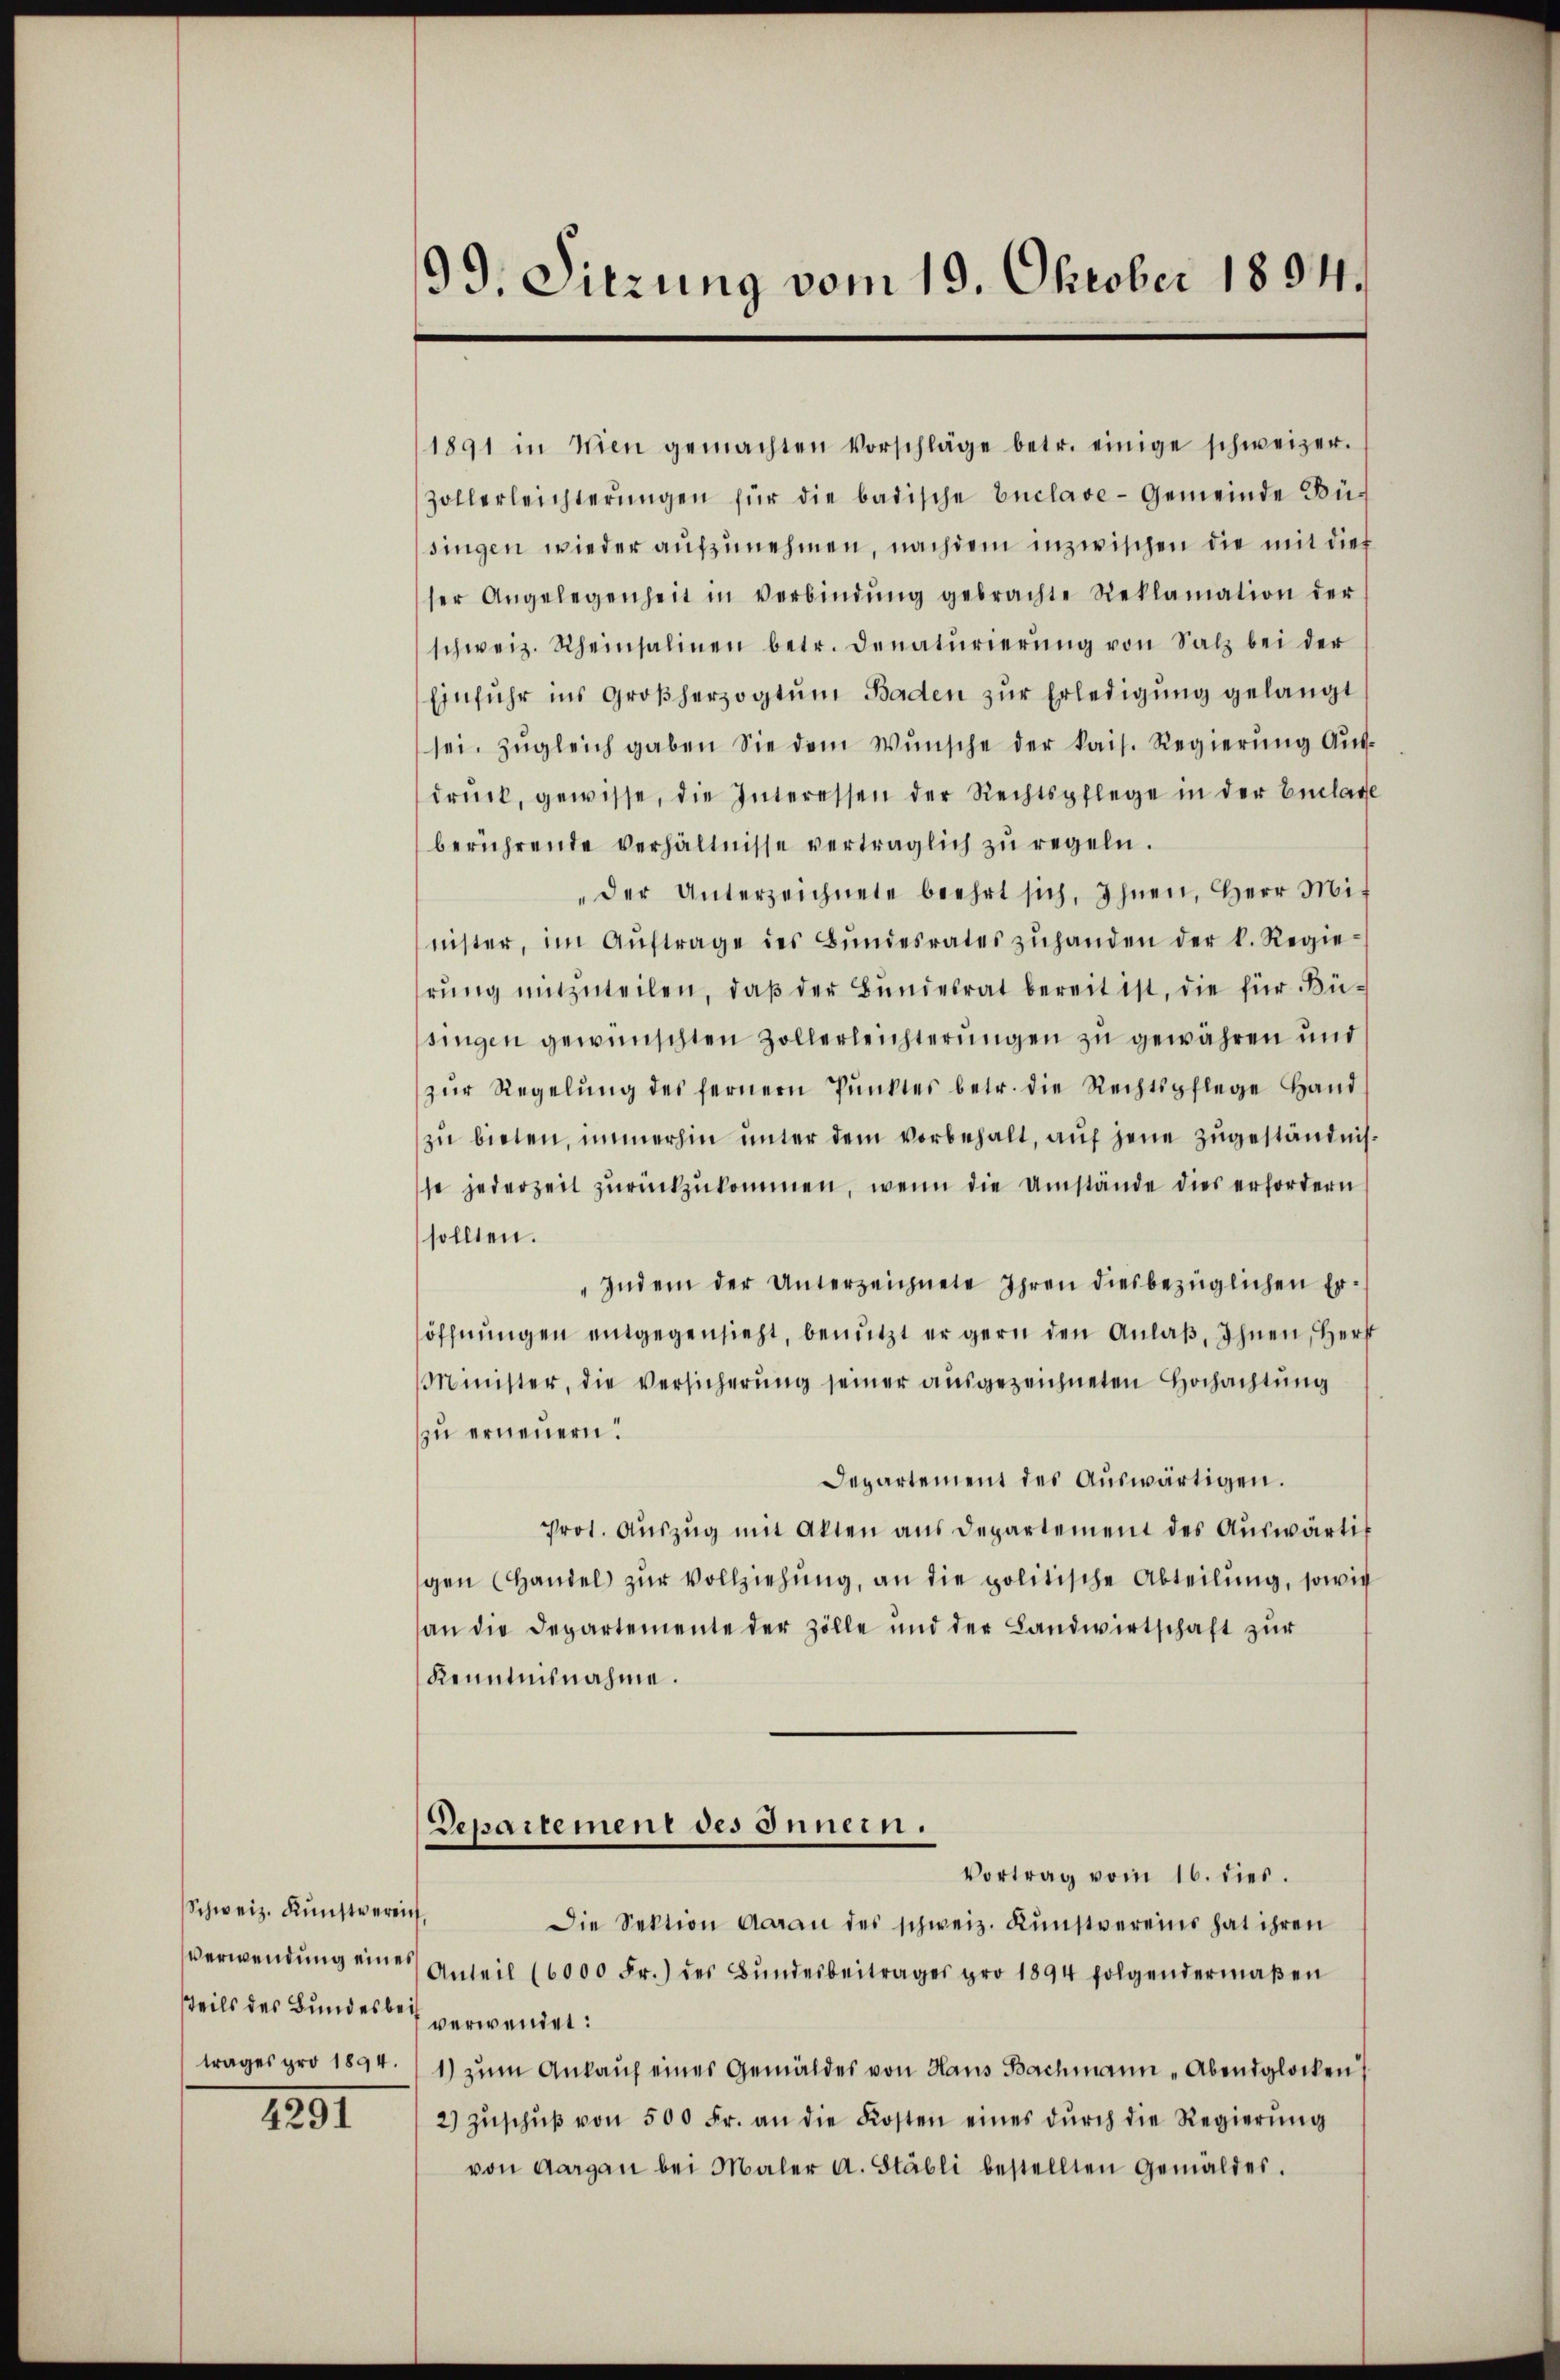
Schweiz. Kŭnstvereich,
teils des Bundes bei verwendet:
trages pro 1894.

1291

99. Sitzung vom 19. Oktober 1894.

1891 in Wien gemachten Vorschläge betr. einige schweizer.
Zollerleichterŭngen für die badische Enclave-Gemeinde Büsingen wieder aufzunehmen, nachdem inzwischen die mit dies
ser Angelegenheit in Verbindŭng gebrachte Reklamation der
schweiz. Scheinsalinen betr. denaturierŭng von Salz bei der
Einfuhr ins Großherzogtŭm Baden zŭr Erledigung gelangt
sei. Zŭgleich gaben Sie dem Wŭnsche der kais. Regierŭng Aŭs-
drŭck, gewisse, die Interessen der Rechtspflege in der Entlage
berührende Verhältnisse verträglich zŭ regeln.
"der Unterzeichnete beehrt sich, Ihnen, Herr Mis
nister, im Aŭftrage des Bŭndesrates zŭhanden der k. Regie-
hrung mitzuteilen, daß der Bundesrat bereit ist, die für Büsingen gewünschten Zollerleichterungen zu gewähren und
zŭr Regelŭng des fernern Pŭnktes betr. die Rechtspflege Hand
zu bieten, immerhin unter dem vorbehalt, auf jene zugeständnisse jederzeit zŭrückzŭkommen, wenn die Umstände dies erfordern
sollten.
"Indem der Unterzeichnete Ihren diesbezüglichen Er-
söffnungen entgegensieht, benutzt er gern den Anlaß, Ihnen, Herz
Minister, die Versicherŭng seiner ausgezeichneten Hochachtung
zu erneuern.
Departement des Aŭswärtigen.
Prot. Aŭszŭg mit Akten aus Departement des Aŭswärtig
gen (Handel zur Vollziehung, an die politische Abteilung, sowie
an die Departemente der Zölle und der Landwirtschaft zur
Kenntnisnahme.
Departement des Innern.
Vortrag vom 16. dies.
Die Sektion Aarau des schweiz. Kunstvereins hat ihren
verwendung eines Anteil (6000 Fr.) des Bundesbeitrages pro 1894 folgendermaßen
1) zum Ankauf eines Gemäldes von Haus Bachmann „Abendglocken
2) Zŭschŭβ von 500 Fr. an die Kosten eines dŭrch die Regierŭng
von Aargau bei Maler a. Stäbli bestellten Gemäldes.